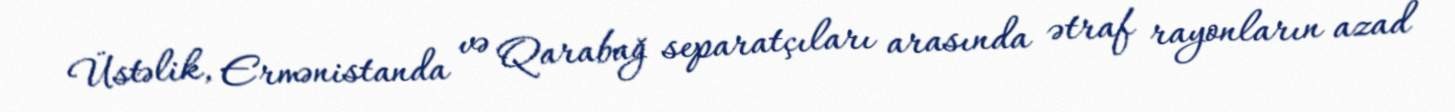
Üstəlik, Ermənistanda və Qarabağ separatçıları arasında ətraf rayonların azad